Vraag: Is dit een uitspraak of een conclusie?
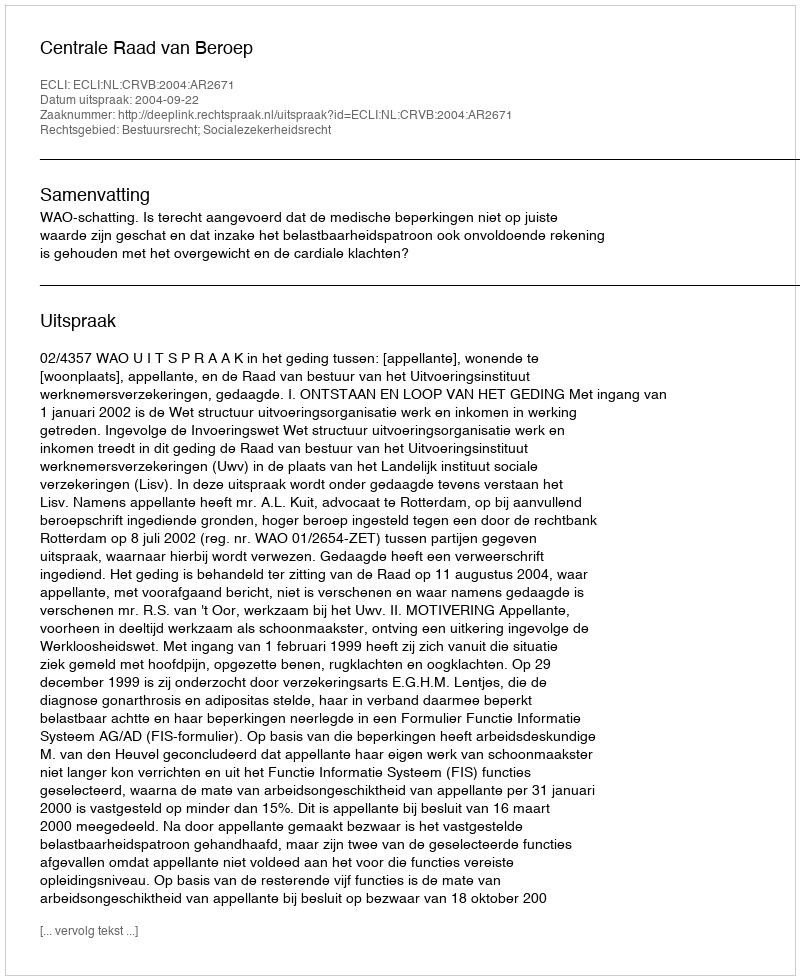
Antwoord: Uitspraak